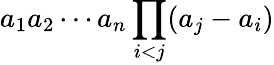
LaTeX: a_{1}a_{2}\cdots a_{n}\prod_{i<j}(a_{j}-a_{i})